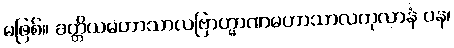
မဖြစ်။ ခတ္တိယမဟာသာလဗြာဟ္မာဏမဟာသာလကုလာနံ ပန၊